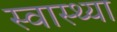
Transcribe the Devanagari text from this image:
स्‍वास्‍थ्‍या